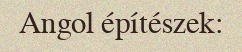
Angol építészek: